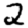
Digit: 2